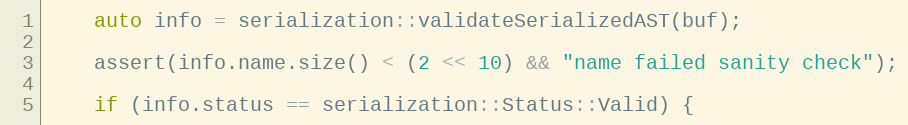
Language: C++
    auto info = serialization::validateSerializedAST(buf);

    assert(info.name.size() < (2 << 10) && "name failed sanity check");

    if (info.status == serialization::Status::Valid) {